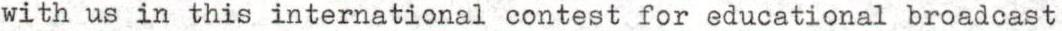
with us in this international contest for educational broadcast